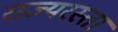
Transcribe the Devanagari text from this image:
राज्यरस्ता